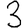
Digit: 3